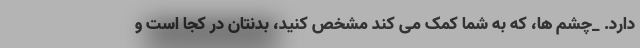
دارد. _چشم ها، که به شما کمک می کند مشخص کنید، بدنتان در کجا است و